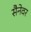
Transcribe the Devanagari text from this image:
सैनेवर